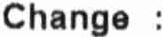
CHANGE :